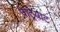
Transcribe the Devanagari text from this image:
पेट्रियाट